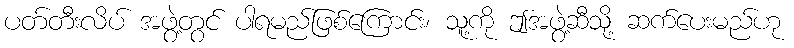
ပတ်တီးလိပ် အဖွဲ့တွင် ပါရမည်ဖြစ်ကြောင်း၊ သူ့ကို ဤအဖွဲ့ဆီသို့ ဆက်ပေးမည်ဟု